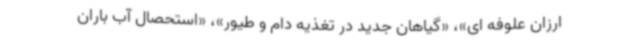
ارزان علوفه ای»، «گیاهان جدید در تغذیه دام و طیور»، «استحصال آب باران